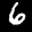
Label: 6